Civil Veterinary Department Bihar & Orissa reports 1929-36 - 1929-1936
Year: 1929
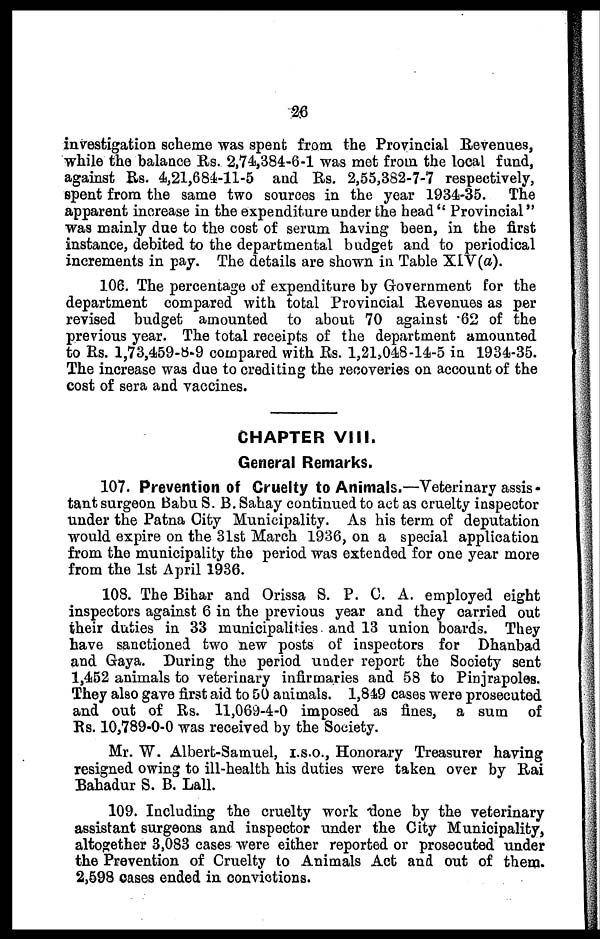
26
investigation scheme was spent from the Provincial Revenues,
while the balance Rs. 2,74,384-6-1 was met from the local fund,
against Rs. 4,21,684-11-5 and Rs. 2,55,382-7-7 respectively,
spent from the same two sources in the year 1934-35. The
apparent increase in the expenditure under the head " Provincial"
was mainly due to the cost of serum having been, in the first
instance, debited to the departmental budget and to periodical
increments in pay. The details are shown in Table XIV(a).
106. The percentage of expenditure by Government for the
department compared with total Provincial Revenues as per
revised budget amounted to about 70 against .62 of the
previous year. The total receipts of the department amounted
to Rs. 1,73,459-8-9 compared with Rs. 1,21,048-14-5 in 1934-35.
The increase was due to crediting the recoveries on account of the
cost of sera and vaccines.
CHAPTER VIII.
General Remarks.
107. Prevention of Cruelty to Animals.—Veterinary assis
tant surgeon Babu S. B. Sahay continued to act as cruelty inspector
under the Patna City Municipality. As his term of deputation
would expire on the 31st March 1936, on a special application
from the municipality the period was extended for one year more
from the 1st April 1936.
108. The Bihar and Orissa S. P. C. A. employed eight
inspectors against 6 in the previous year and they carried out
their duties in 33 municipalities and 13 union boards. They
have sanctioned two new posts of inspectors for Dhanbad
and Gaya. During the period under report the Society sent
1,452 animals to veterinary infirmaries and 58 to Pinjrapoles.
They also gave first aid to 50 animals. 1,849 cases were prosecuted
and out of Rs. 11,069-4-0 imposed as fines, a sum of
Rs. 10,789-0-0 was received by the Society.
Mr. W. Albert-Samuel, I.S.O., Honorary Treasurer having
resigned owing to ill-health his duties were taken over by Rai
Bahadur S. B. Lall.
109. Including the cruelty work done by the veterinary
assistant surgeons and inspector under the City Municipality,
altogether 3,083 cases were either reported or prosecuted under
the Prevention of Cruelty to Animals Act and out of them.
2,598 oases ended in convictions.